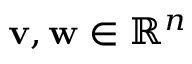
\mathbf { v } , \mathbf { w } \in \mathbb { R } ^ { n }